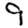
Digit: 9